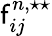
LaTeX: \mathsf{f}_{ij}^{n,\star\star}